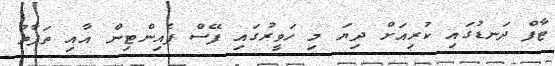
ޓާފް ދަނޑުގައި ކުރިއަށް ދިޔަ މި ހަވީރުގައި ފޭސް ޕެއިންޓިން އާއި ތަފާތު